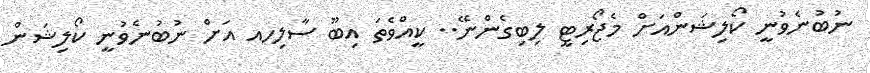
ނުބުނެވުނީ ކޯލިޝަންއަށް މެޖޯރިޓީ ލިބިގެންނޭ.. ކީއްވެތަ އިބޫ ސާލިހއ އަށް ނުބުނެވުނީ ކޯލިޝަން